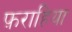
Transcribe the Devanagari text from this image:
फ़राहिया